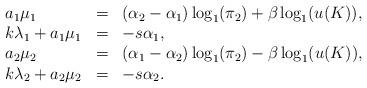
LaTeX: \begin{align*}\begin{array}{lcl}a_1\mu_1 &=& (\alpha_2-\alpha_1)\log_1(\pi_2)+\beta\log_1(u(K)),\\ k\lambda_1+a_1\mu_1 &=& -s\alpha_1 ,\\a_2\mu_2 &=& (\alpha_1-\alpha_2)\log_1(\pi_2)-\beta\log_1(u(K)),\\ k\lambda_2+a_2\mu_2 &=&-s\alpha_2.\end{array}\end{align*}